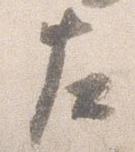
左